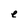
Character: e